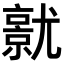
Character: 𡰜